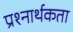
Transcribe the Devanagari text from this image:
प्रश्‍नार्थकता